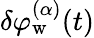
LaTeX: \delta\varphi_{\mathrm{w}}^{(\alpha)}(t)